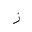
Letter: _zay